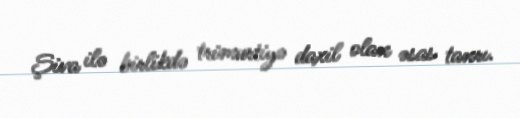
Şiva ilə birlikdə trimurtiyə daxil olan əsas tanrı.